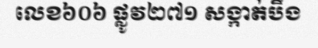
លេខ៦០៦ ផ្លូវ២៧១ សង្កាត់បឹង